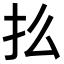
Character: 𢩻